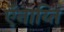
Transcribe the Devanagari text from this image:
ऍनाय्ति